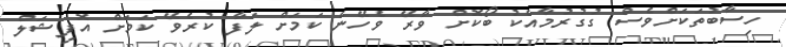
ހިސާބުތަކަށްވެސް ގުގުރުމާއެކު ބޯކޮށް ވާރޭ ވެހޭނެ ކަމަށް ލަފާ ކުރެވޭ ކަމަށް އޮފިޝަލް